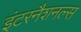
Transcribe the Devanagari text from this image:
इंटरनैशनल्स